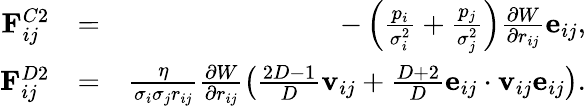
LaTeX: \begin{array}{rlr}{\mathbf{F}_{ij}^{C2}}&{=}&{-\left(\frac{p_{i}}{\sigma_{i}^{2}}+\frac{p_{j}}{\sigma_{j}^{2}}\right)\frac{\partial{W}}{\partial{r_{ij}}}\mathbf{e}_{ij},}\\ {\mathbf{F}_{ij}^{D2}}&{=}&{\frac{\eta}{\sigma_{i}\sigma_{j}r_{ij}}\frac{\partial{W}}{\partial{r_{ij}}}\left(\frac{2D-1}{D}\mathbf{v}_{ij}+\frac{D+2}{D}\mathbf{e}_{ij}\cdot\mathbf{v}_{ij}\mathbf{e}_{ij}\right).}\end{array}